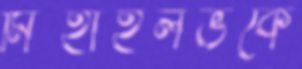
মিহাইলভকে